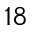
^ { 1 8 }